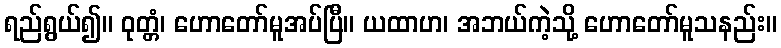
ရည်ရွယ်၍။ ဝုတ္တံ၊ ဟောတော်မူအပ်ပြီ။ ယထာဟ၊ အဘယ်ကဲ့သို့ ဟောတော်မူသနည်း။